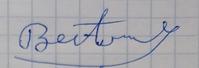
Signature authenticity: forged